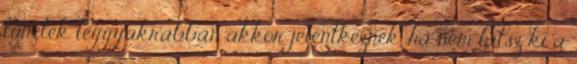
tünetek leggyakrabban akkor jelentkeznek, ha nem látsz ki a